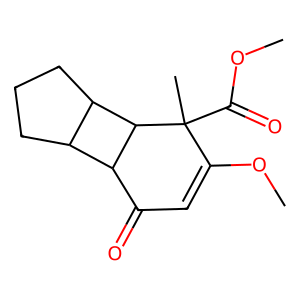
SMILES: COC(=O)C1(C)C(OC)=CC(=O)C2C3CCCC3C21
Inhibits HIV replication: No